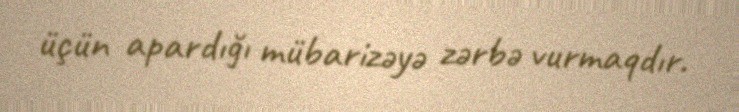
üçün apardığı mübarizəyə zərbə vurmaqdır.